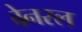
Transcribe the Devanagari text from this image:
वेनरल